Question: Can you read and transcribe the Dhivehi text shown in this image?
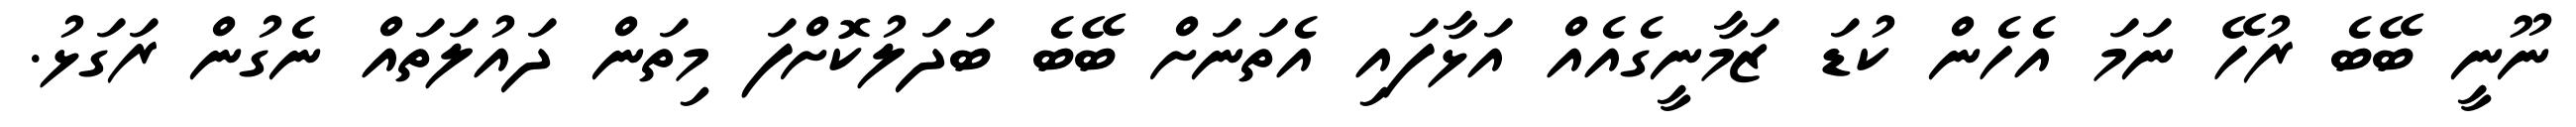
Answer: ނޫނީ ބޭބެ ރުހޭ ނަމަ އެހެން ކުޑަ ޒަމާނީގެއެއް އަޅާފައި އެތަނަށް ބޭބެ ބަދަލުކޮށްފަ މިތަން ދައުލަތައް ނެގުން ރަގަޅު.